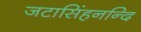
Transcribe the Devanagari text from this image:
जटासिंहनन्दि